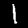
Label: 1